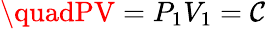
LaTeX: \quadPV=P_{1}V_{1}=\mathcal{C}